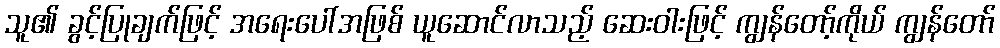
သူ၏ ခွင့်ပြုချက်ဖြင့် အရေးပေါ်အဖြစ် ယူဆောင်လာသည့် ဆေးဝါးဖြင့် ကျွန်တော့်ကိုယ် ကျွန်တော်